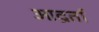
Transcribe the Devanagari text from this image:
आद्रर्ता